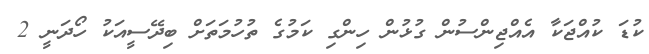
ކުޑަ ކުއްޖަކާ އެއްޖިންސުން ގުޅުން ހިންގި ކަމުގެ ތުހުމަތަށް ބިދޭސީއަކު ހޯދަނީ 2